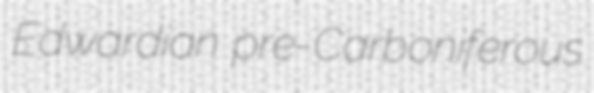
Edwardian pre-Carboniferous